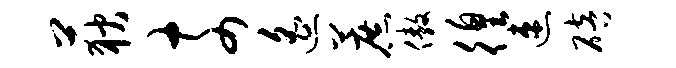
荻奈遥蔗傲徨速碚